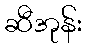
ဆီအုန်း